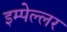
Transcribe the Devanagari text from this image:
इम्पेल्लर